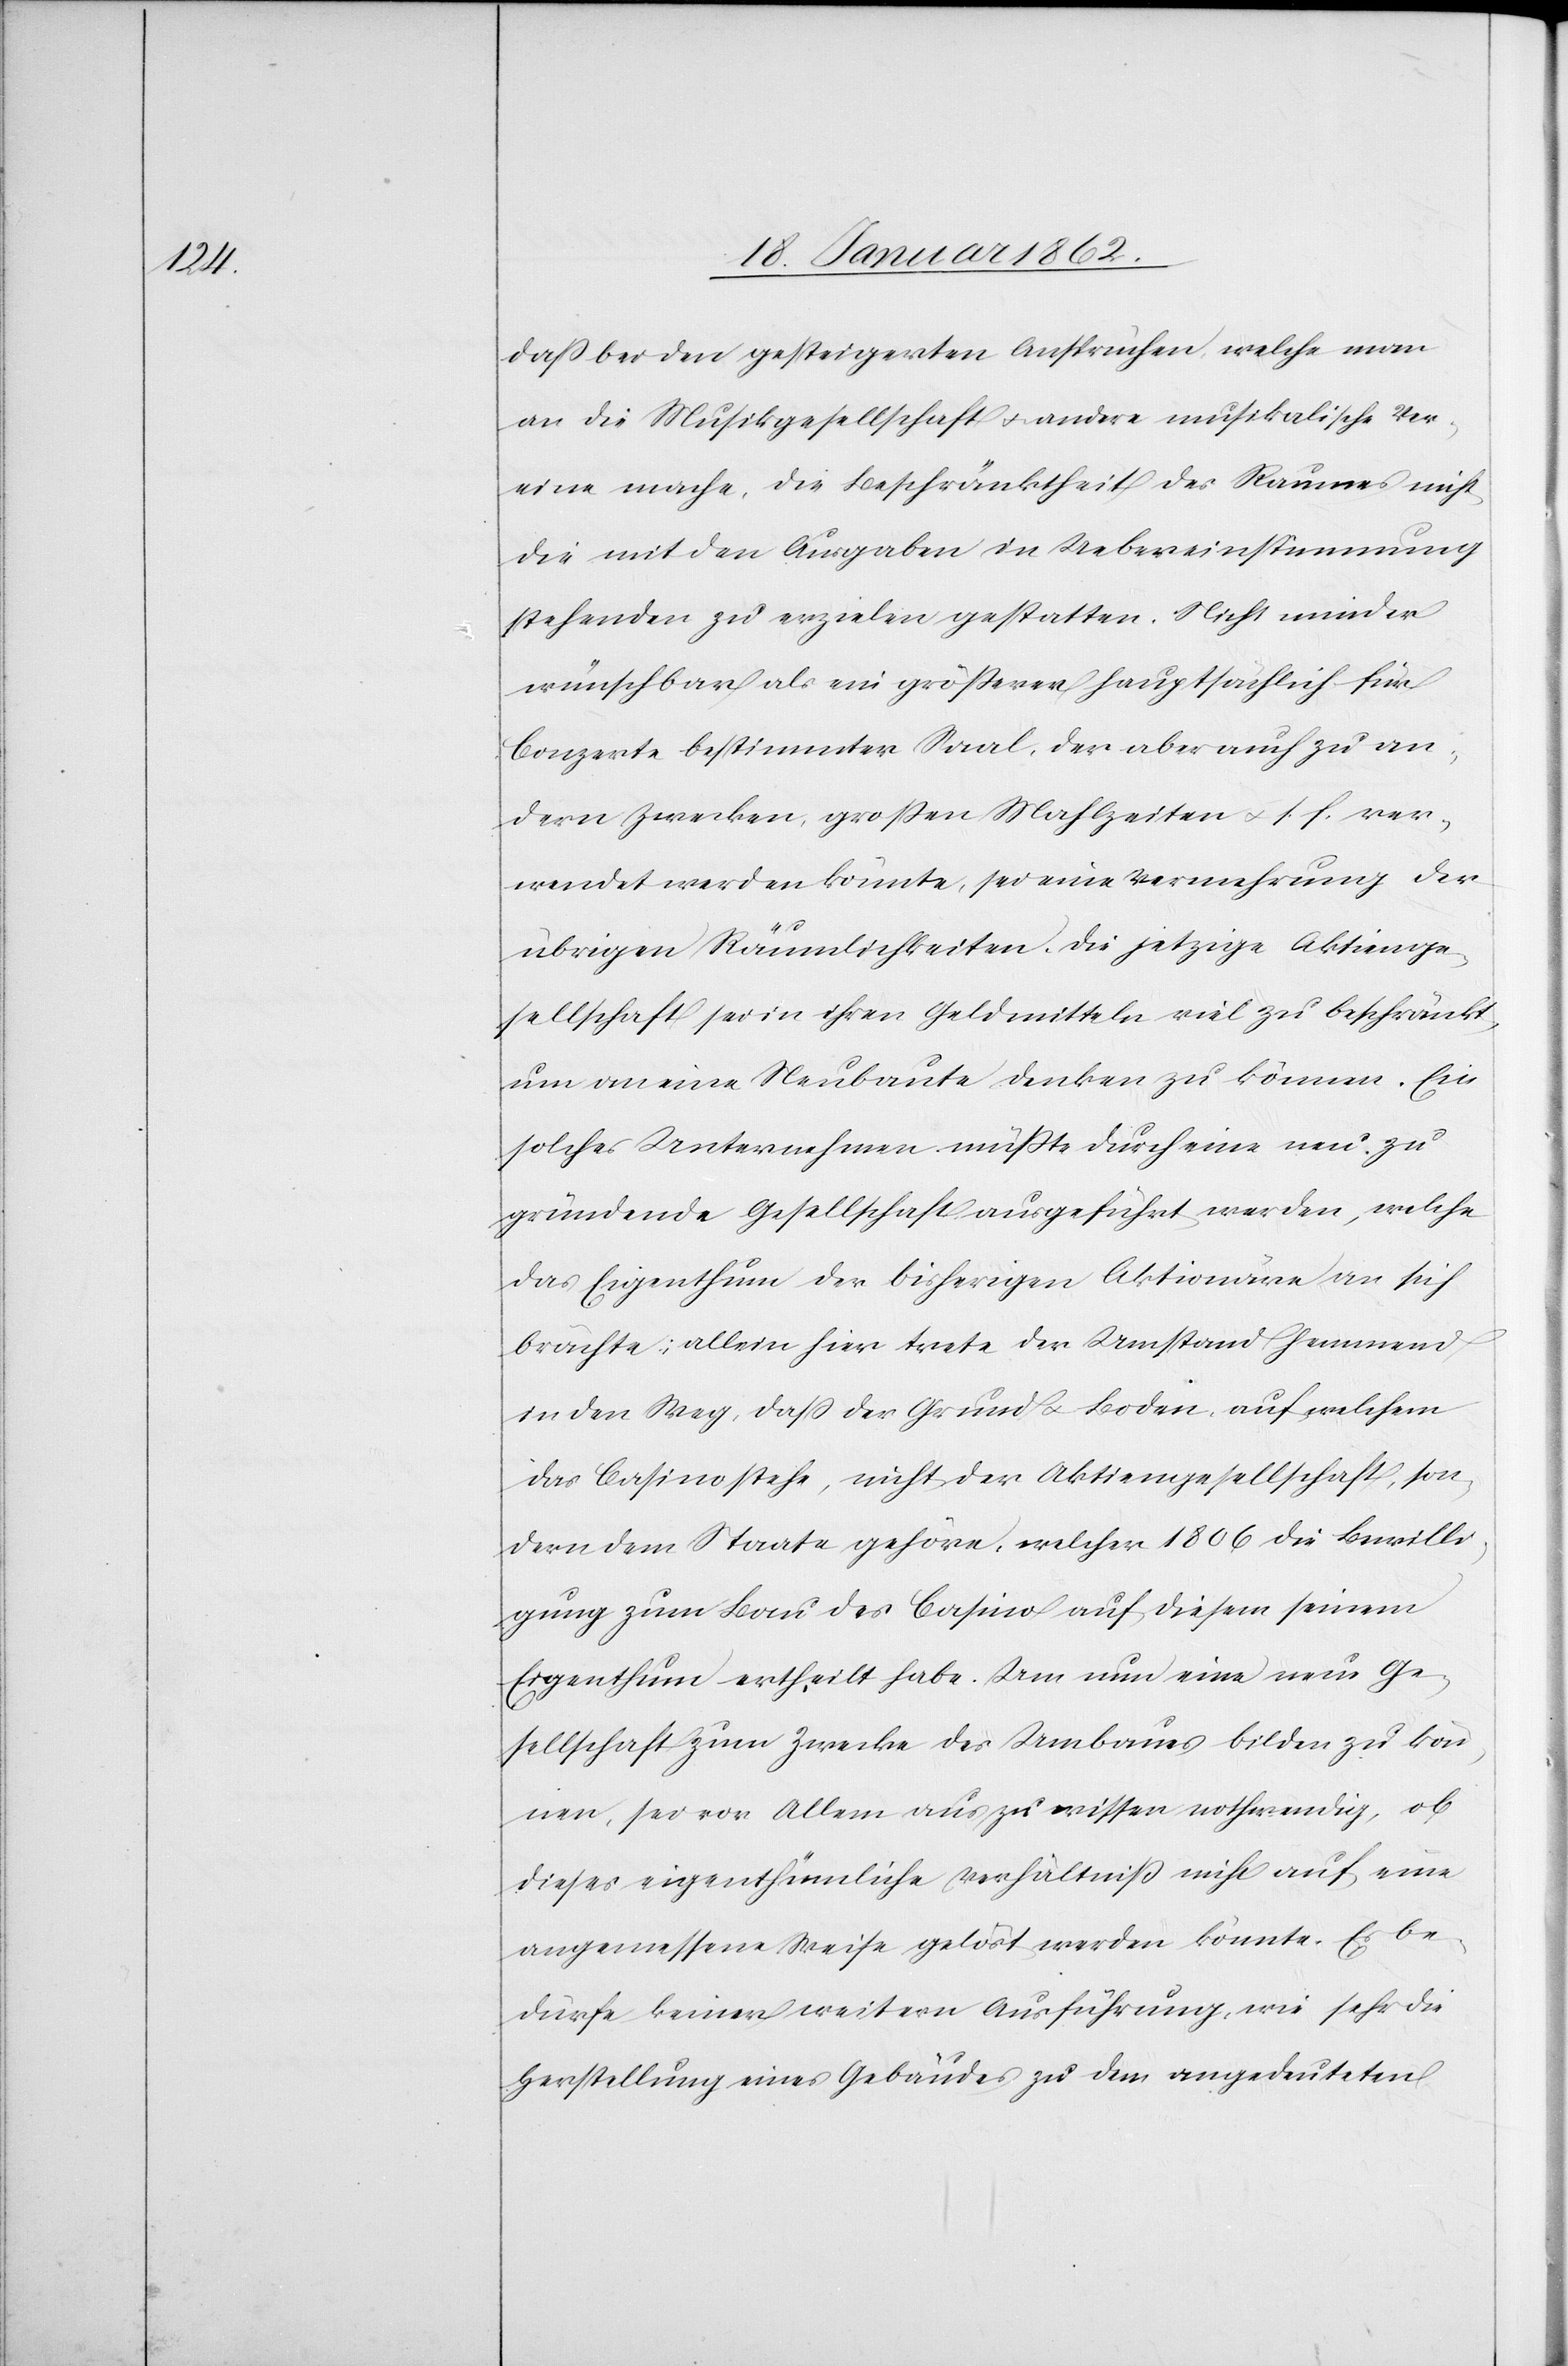
daß bei den gesteigerten Ansprüchen, welche man
an die Musikgesellschaft u. andere musikalische Ver¬
eine mache, die Beschränktheit des Raumes nicht
die mit den Ausgaben in Uebereinstimmung
wünschbar als ein größerer hauptsächlich für
Conzerte bestimmter Saal, der aber auch zu an¬
dern Zwecken, großen Mahlzeiten u. s. f. ver¬
wendet werden könnte, sei eine Vermehrung der
übrigen Räumlichkeiten. Die jetzige Aktienge¬
sellschaft sei in ihren Geldmitteln viel zu beschränkt,
um an eine Neubaute denken zu können. Ein
solches Unternehmen müßte durch eine neu zu
gründende Gesellschaft ausgeführt werden, welche
das Eigenthum der bisherigen Aktionäre an sich
brächte; allein hier trete der Umstand hemmend
in den Weg, daß der Grund u. Boden, auf welchem
das Casino stehe, nicht der Aktiengesellschaft, son¬
dern dem Staate gehöre, welcher 1806 die Bewilli¬
gung zum Bau des Casino auf diesem seinem
Eigenthum ertheilt habe. Um nun eine neue Ge¬
sellschaft zum Zwecke des Umbaues bilden zu kön¬
nen, sei vor Allem aus zu wissen nothwendig, ob
dieses eigenthümliche Verhältniß nicht auf eine
angemessene Weise gelöst werden könnte. Es be¬
dürfe keiner weitern Ausführung, wie sehr die
Herstellung eines Gebäudes zu dem angedeuteten